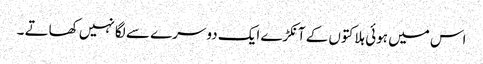
اس میں ہوئی ہلاکتوں کے آنکڑے ایک دوسرے سے لگا نہیں کھاتے ۔